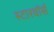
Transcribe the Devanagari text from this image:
स्टारवॉर्स